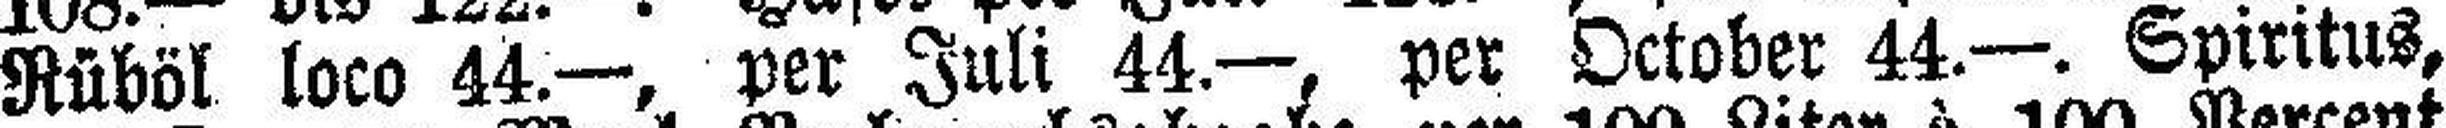
Rüböl loco 44.—, per Juli 44.—, per October 44.—. Spiritus,